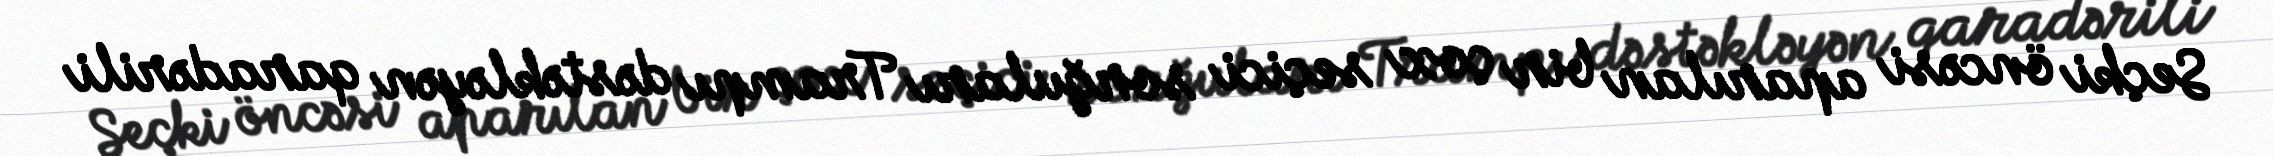
Seçki öncəsi aparılan bir çox seçici sorğuları Trampı dəstəkləyən qaradərili